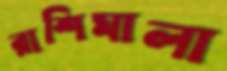
রাশিমালা